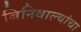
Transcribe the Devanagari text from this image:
बिनिवाल्यांचा